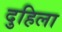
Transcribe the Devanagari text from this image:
दुहिला